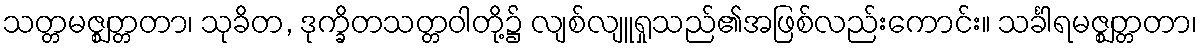
သတ္တမဇ္ဈတ္တတာ၊ သုခိတ, ဒုက္ခိတသတ္တဝါတို့၌ လျစ်လျူရှုသည်၏အဖြစ်လည်းကောင်း။ သင်္ခါရမဇ္ဈတ္တတာ၊